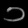
Digit: ၁